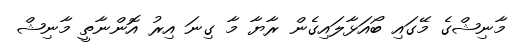
މާނިޝްގެ މޭގައި ބޯއަޅާލައިގެން ރާޔާ މާ ގިނަ އިރު އޮންނާތީ މާނިޝް